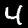
Digit: 4